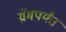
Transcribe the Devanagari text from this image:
ग्रॅमपर्यंत